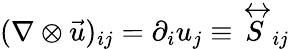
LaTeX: (\nabla\otimes\vec{u})_{ij}=\partial_{i}u_{j}\equiv{\stackrel{\leftrightarrow}{S}}_{ij}